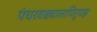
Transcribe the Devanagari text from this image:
पंधरवड्यालापितृपक्ष